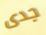
جدى